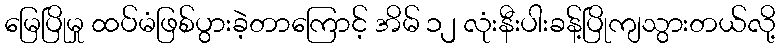
မြေပြိုမှု ထပ်မံဖြစ်ပွားခဲ့တာကြောင့် အိမ် ၁၂ လုံးနီးပါးခန့်ပြိုကျသွားတယ်လို့